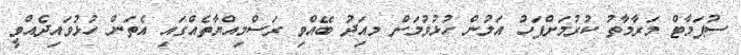
ސުޕަމާޓް މަރާމާތު ކުރުމަށްފަހު އަލުން ހުޅުވުމަށް މއިަދު ބޭއްވި ރަސްމިއްޔާތެއްގައި އެތަން ހުޅުވައިދެއްވީ